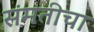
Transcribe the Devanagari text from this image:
संमतीचा